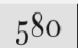
580